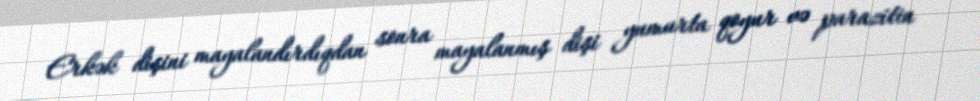
Erkək dişini mayalandırdıqdan sonra mayalanmış dişi yumurta qoyur və parazitin